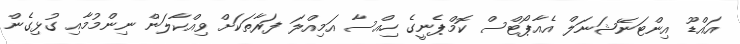
އައްޑޫ އިންޓަނޭޝަނަލް އެއާޕޯޓްސް ކޮމްޕެނީގެ ހިއްސާ އަމިއްލަ ފަރާތަކަށް ވިއްކާލަން ނިންމުމާއި ގުޅިގެން